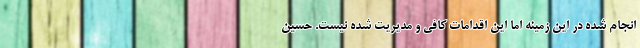
انجام شده در این زمینه اما این اقدامات کافی و مدیریت شده نیست. حسین